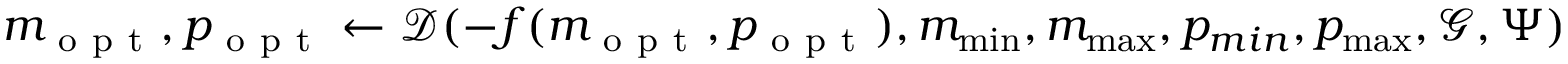
m _ { \mathrm { ~ o ~ p ~ t ~ } } , p _ { \mathrm { ~ o ~ p ~ t ~ } } \gets \mathcal { D } ( - f ( m _ { \mathrm { ~ o ~ p ~ t ~ } } , p _ { \mathrm { ~ o ~ p ~ t ~ } } ) , m _ { \operatorname* { m i n } } , m _ { \operatorname* { m a x } } , p _ { m i n } , p _ { \operatorname* { m a x } } , \mathcal { G } , \Psi )